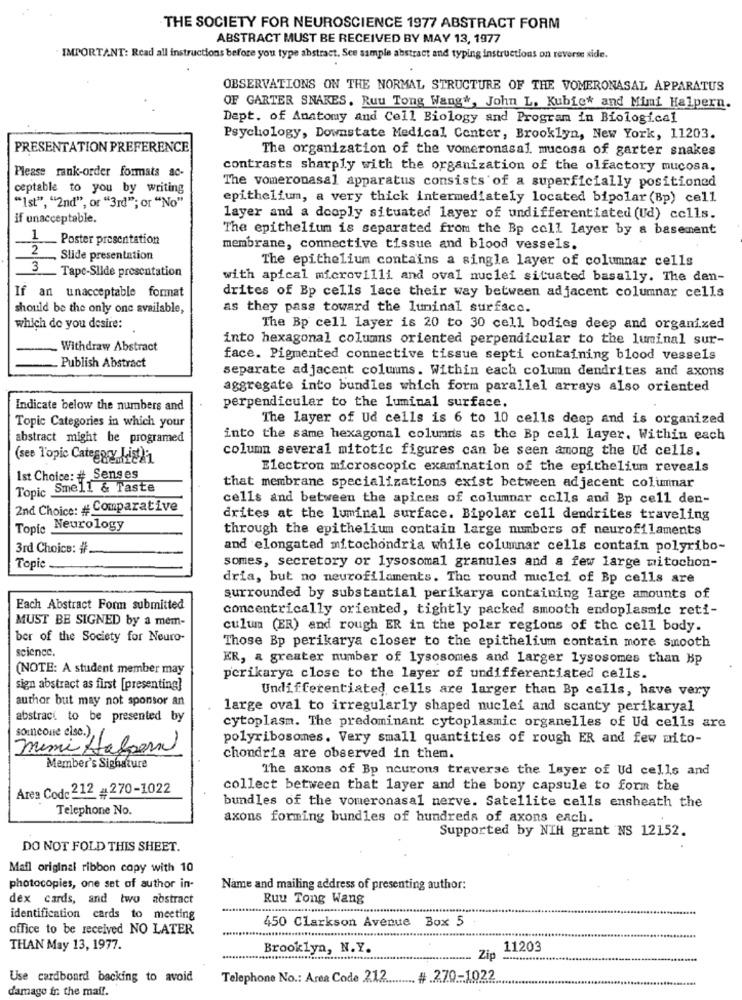
THE SOCIETY FOR NEUROSCIENCE 1977 ABSTRACT FORM
ABSTRACT MUST BE RECEIVED BY MAY 13, 1977
IMPORTANT: Read all instructions before you type abstract. See sample abstract and typing instructions on reverse side.
OBSERVATIONS ON THE NORMAL STRUCTURE OF THE VOMERONASAL APPARATUS
OF GARTER SNAKES. Ruu Tong Wangw, John L. Kubiew and Mimi Halpern.
Dept. of Anatomy and Cell Biology and Program in Biological
Psychology, Downstate Medical Center, Brooklyn, New York, 11203.
PRESENTATION PREFERENCE
The organization of the vomeronasal mucosa of garter snakes
Please rank-order formats ac-
contrasts sharply with the organization of the olfactory mucosa.
ceptable to you by writing
The vomeronasal apparatus consists of a superficially positioned
epithelium, a very thick intermediately located bipolar(Bp) cell
"Ist", "2nd", or "3rd"; or "No"
if unacceptable.
layer and a dooply situated layer of undifferentiated (Ud) cells.
The epithelium is separated from the Bp cell layer by a basement
_ Poster presentation
12
membrane, connective tissue and blood vessels.
Slide presentation
3
The epithelium contains a single layer of columnar cells
Tape-Slide presentation
with apical microvilli and oval nuclei situated basally. The den-
If an unacceptable format
drites of Bp cells lace their way between adjacent columnar cells
should be the only one available,
as they pass toward the luminal surface.
which do you desire:
The Bp cell layer is 20 to 30 cell bodies deep and organized
into hexagonal columns oriented perpendicular to the luminal sur-
. Withdraw Abstract
face. Pigmented connective tissue septi containing blood vessels
Publish Abstract
separate adjacent colums. Within each column dendrites and axons
aggregate into bundles which form parallel arrays also oriented
Indicate below the numbers and
perpendicular to the luminal surface.
Topic Categories in which your
The layer of Ud cells is 6 to 10 cells deep and is organized
abstract might be programed
into the same hexagonal columns as the Bp cell layer. Within each
column several mitotic figures can be seen among the Ud cells.
(see Topic Categggy Liga'n
Electron microscopic examination of the epithelium reveals
Ist Choice: # Senges
Topic Smell & Taste
that membrane specializations exist between adjacent columnar
cells and between the apices of columnar colls and Bp cell den-
2nd Choice: # Comparative
drites at the luminal surface. Bipolar cell dendrites traveling
Topic Neurology
through the epithelium contain large numbers of neurofilaments
3rd Choice: #
and elongated mitochondria while columnar cells contain polyribo-
Topic
somes, secretory or lysosomal granules and a few large mitochon-
dria, but no neurofilaments. The round miclei of Bp cells are
surrounded by substantial perikarya containing large amounts of
Each Abstract Form submitted
concentrically oriented, tightly packed smooth endoplasmic reti-
MUST BE SIGNED by a mem-
culum (ER) and rough ER in the polar regions of the cell body.
ber of the Society for Neuro-
science.
Those Bp perikarya closer to the epithelium contain more smooth
ER, & greater number of lysosomes and larger lysosomes than Bp
(NOTE: A student member may
perikarya close to the layer of undifferentiated cells.
sign abstract as first [presenting]
Undifferentiated cells are larger than Bp cells, have very
author but may not sponsor an
large oval to irregularly shaped nuclei and scanty perikaryal
abstract to be presented by
cytoplasm. The predominant cytoplasmic organelles of Ud cells are
someone cisc.),1
polyribosomes. Very small quantities of rough ER and few mito-
Mimi Halpern
chondria are observed in them.
Member's Signature
The axons of Bp neurons traverse the layer of Ud cells and
Area Code 212 _270-1022
collect between that layer and the bony capsule to form the
Telephone No.
bundles of the vomeronasal nerve. Satellite cells ensheath the
axons forming bundles of hundreds of axons each.
Supported by NIH grant NS 12152.
DO NOT FOLD THIS SHEET.
Mail original ribbon copy with 10
photocopies, one set of author in-
Name and mailing address of presenting author:
dex cards, and two nostract
Ruu Tong Wang
identification cards to meeting
office to be received NO LATER
450 Clarkson Avenue Box 5
THAN May 13, 1977.
Brooklyn, N.Y.
11203
Zip
Use cardboard backing to avoid
Telephone No .: Area Code 212 ......... # .2.70 .-. 102?
damage ir. the mail.